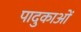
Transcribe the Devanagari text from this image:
पादुकाओं